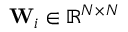
{ \bf W } _ { i } \in \mathbb { R } ^ { N \times N }